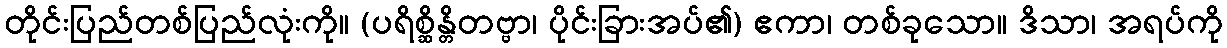
တိုင်းပြည်တစ်ပြည်လုံးကို။ (ပရိစ္ဆိန္တိတဗ္ဗာ၊ ပိုင်းခြားအပ်၏) ဧကာ၊ တစ်ခုသော။ ဒိသာ၊ အရပ်ကို